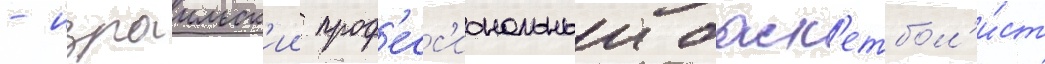
- израильск'ии проф'есс'иональныи баск'етбол'и́ст